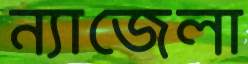
ন্যাজেলা